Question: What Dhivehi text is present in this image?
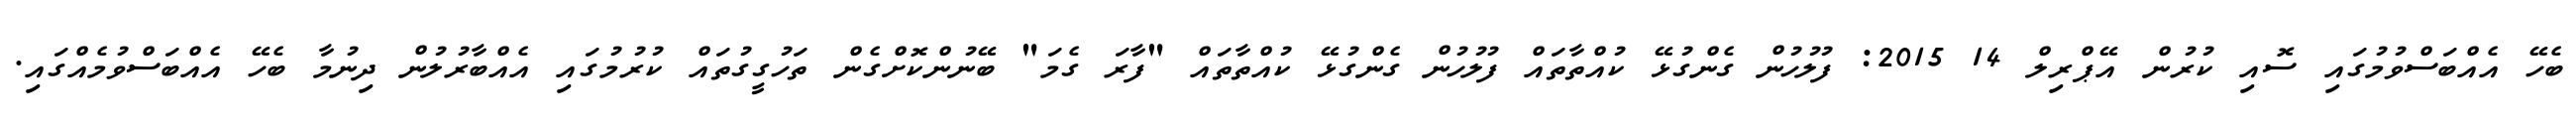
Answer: ބެހޭ އެއްބަސްވުމުގައި ސޮއި ކުރުން އޭޕްރިލް 14 2015: ފުލުހުން ގެންގުޅޭ ކުއްތާތައް ފުލުހުން ގެންގުޅޭ ކުއްތާތައް "ފާރަ ގެމަ" ބޭނުންކޮށްގެން ތަހުގީގުތައް ކުރުމުގައި އެއްބާރުލުން ދިނުމާ ބެހޭ އެއްބަސްވުމެއްގައި.